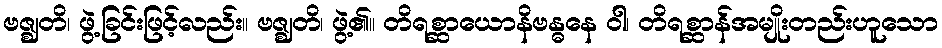
ဗဇ္ဈတိ၊ ဖွဲ့ခြင်းဖြင့်လည်း။ ဗဇ္ဈတိ၊ ဖွဲ့၏။ တိရစ္ဆာယောနိဗန္ဓနေ ဝါ၊ တိရစ္ဆာန်အမျိုးတည်းဟူသော